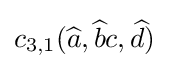
c_{3,1}({\widehat {a}},{\widehat {b}}c,{\widehat {d}})